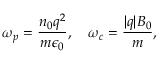
\omega _ { p } = \frac { n _ { 0 } q ^ { 2 } } { m \epsilon _ { 0 } } , \quad \omega _ { c } = \frac { | q | B _ { 0 } } { m } ,